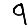
Digit: 9